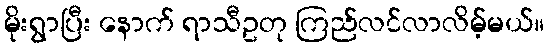
မိုးရွာပြီး နောက် ရာသီဥတု ကြည်လင်လာလိမ့်မယ်။